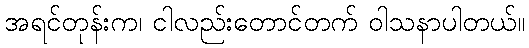
အရင်တုန်းက၊ ငါလည်းတောင်တက် ဝါသနာပါတယ်။